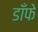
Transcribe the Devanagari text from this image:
डाँफे